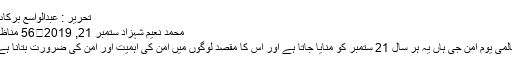
تحریر : عبدالواسع برکات
محمد نعیم شہزاد ستمبر 21, 2019	56 مناظر
عالمی یوم امن جی ہاں یہ ہر سال 21 ستمبر کو منایا جاتا ہے اور اس کا مقصد لوگوں میں امن کی اہمیت اور امن کی ضرورت بتانا ہے۔